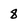
Character: 8